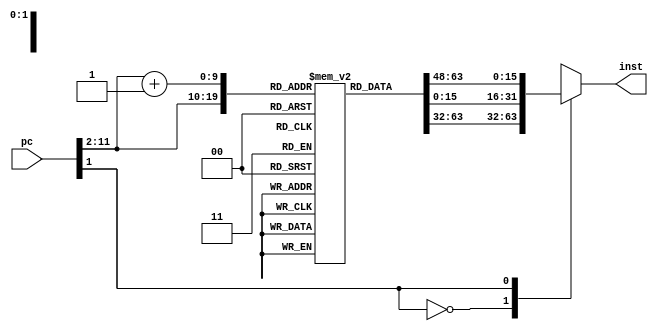

/*Dual instruction memory 1024x16
---------------------------------------------------------------------------
| depth   	       |   1024
---------------------------------------------------------------------------
| width  	 	   |   16
---------------------------------------------------------------------------
| addr_bits 	   |   10
---------------------------------------------------------------------------
| Type of mem addr |   Big endian
---------------------------------------------------------------------------
| Note		       |   parametrized ROM.writing all data in mem at 0 time.
---------------------------------------------------------------------------*/


module inst_mem #(parameter depth = 1024,width = 32,mem_addr_count = 32)(

input wire [mem_addr_count-1:0]pc,
output reg [31:0]inst

);

reg [width-1:0]mem[0:depth-1];  //mem vector

//assign inst = {mem[pc],mem[pc+1],mem[pc+2],mem[pc+3]};  //read from rom
reg [mem_addr_count-1:0]addr;
always @(*)
	begin
		addr = pc>>2;
		case(pc[1])
		1'b0: inst = mem[addr];
		1'b1: inst = {mem[addr+1'b1][15:0],mem[addr][31:16]};
		endcase
	end

endmodule